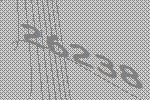
26238